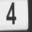
Digit: 4